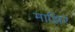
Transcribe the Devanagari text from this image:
माझिरे